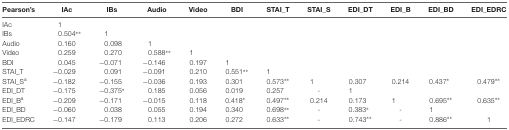
<table><thead><tr><td><b>Pearson’s</b></td><td><b>IAc</b></td><td><b>IBs</b></td><td><b>Audio</b></td><td><b>Video</b></td><td><b>BDI</b></td><td><b>STAI_T</b></td><td><b>STAI_S</b></td><td><b>EDI_DT</b></td><td><b>EDI_B</b></td><td><b>EDI_BD</b></td><td><b>EDI_EDRC</b></td></tr></thead><tbody><tr><td>IAc</td><td>1</td><td></td><td></td><td></td><td></td><td></td><td></td><td></td><td></td><td></td><td></td></tr><tr><td>IBs</td><td>0.504**</td><td>1</td><td></td><td></td><td></td><td></td><td></td><td></td><td></td><td></td><td></td></tr><tr><td>Audio</td><td>0.160</td><td>0.098</td><td>1</td><td></td><td></td><td></td><td></td><td></td><td></td><td></td><td></td></tr><tr><td>Video</td><td>0.259</td><td>0.270</td><td>0.588**</td><td>1</td><td></td><td></td><td></td><td></td><td></td><td></td><td></td></tr><tr><td>BDI</td><td>0.045</td><td>−0.071</td><td>−0.146</td><td>0.197</td><td>1</td><td></td><td></td><td></td><td></td><td></td><td></td></tr><tr><td>STAI_T</td><td>−0.029</td><td>0.091</td><td>−0.091</td><td>0.210</td><td>0.551**</td><td>1</td><td></td><td></td><td></td><td></td><td></td></tr><tr><td>STAI_S<sup>a</sup></td><td>−0.182</td><td>−0.155</td><td>−0.036</td><td>0.193</td><td>0.301</td><td>0.573**</td><td>1</td><td>0.307</td><td>0.214</td><td>0.437*</td><td>0.479**</td></tr><tr><td>EDI_DT</td><td>−0.175</td><td>−0.375*</td><td>0.185</td><td>0.056</td><td>0.019</td><td>0.257</td><td>-</td><td>1</td><td></td><td></td><td></td></tr><tr><td>EDI_B<sup>a</sup></td><td>−0.209</td><td>−0.171</td><td>−0.015</td><td>0.118</td><td>0.418*</td><td>0.497**</td><td>0.214</td><td>0.173</td><td>1</td><td>0.695**</td><td>0.635**</td></tr><tr><td>EDI_BD</td><td>−0.060</td><td>0.038</td><td>0.055</td><td>0.194</td><td>0.340</td><td>0.698**</td><td>-</td><td>0.383*</td><td>-</td><td>1</td><td></td></tr><tr><td>EDI_EDRC</td><td>−0.147</td><td>−0.179</td><td>0.113</td><td>0.206</td><td>0.272</td><td>0.633**</td><td>-</td><td>0.743**</td><td>-</td><td>0.886**</td><td>1</td></tr></tbody></table>